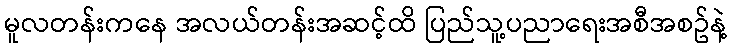
မူလတန်းကနေ အလယ်တန်းအဆင့်ထိ ပြည်သူ့ပညာရေးအစီအစဥ်နဲ့